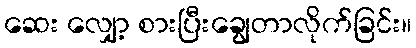
ဆေး လျှော့ စားပြီးချွေတာလိုက်ခြင်း။